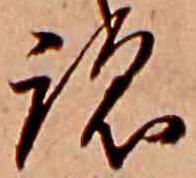
跡